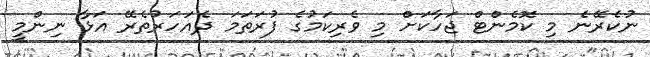
ނުކެރޭނެ މި ކޮމެންޓް ޖަހާކަށް މި ވެރިކަމުގެ ފުރަތަމަ ދެއަހަރުތެރޭ އަޅާ ނިންމީ